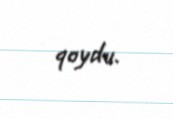
qoydu.